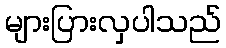
များပြားလှပါသည်